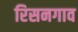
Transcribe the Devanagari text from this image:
रिसनगाव